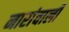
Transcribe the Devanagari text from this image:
नारांवाली